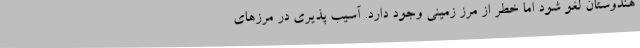
هندوستان لغو شود اما خطر از مرز زمینی وجود دارد. آسیب پذیری در مرزهای